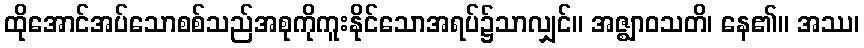
ထိုအောင်အပ်သောစစ်သည်အစုကိုကူးနိုင်သောအရပ်၌သာလျှင်။ အဇ္ဈာဝသတိ၊ နေ၏။ အဿ၊